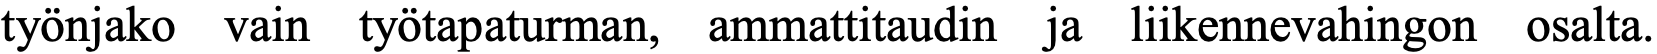
työnjako vain työtapaturman, ammattitaudin ja liikennevahingon osalta.